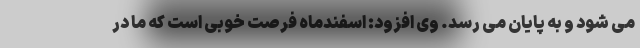
می شود و به پایان می رسد. وی افزود: اسفندماه فرصت خوبی است که ما در